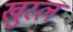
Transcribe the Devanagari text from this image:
खुरल